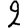
Digit: 2